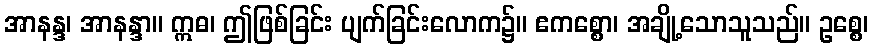
အာနန္ဒ၊ အာနန္ဒာ။ ဣဓ၊ ဤဖြစ်ခြင်း ပျက်ခြင်းလောက၌။ ဧကစ္စော၊ အချို့သောသူသည်။ ဥစ္စေ၊